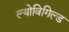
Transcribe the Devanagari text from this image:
ल्योविगिल्ड